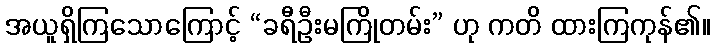
အယူရှိကြသောကြောင့် “ခရီဦးမကြိုတမ်း” ဟု ကတိ ထားကြကုန်၏။